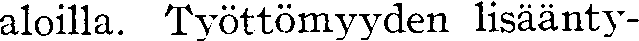
aloilla. Työttömyyden lisäänty-